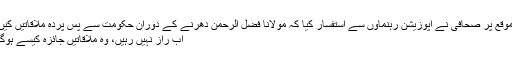
اس موقع پر صحافی نے اپوزیشن رہنماؤں سے استفسار کیا کہ مولانا فضل الرحمٰن دھرنے کے دوران حکومت سے پس پردہ ملاقاتیں کیں جو
اب راز نہیں رہیں، وہ ملاقاتیں جائزہ کیسے ہوگئیں؟